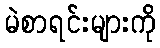
မဲစာရင်းများကို